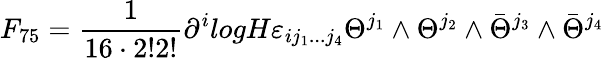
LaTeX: F_{75}=\frac{1}{16\cdot 2!2!}\partial^{i}logH\varepsilon_{ij_{1}...j_{4}}\Theta^{j_{1}}\wedge\Theta^{j_{2}}\wedge\bar{\Theta}^{j_{3}}\wedge\bar{\Theta}^{j_{4}}